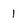
Character: I